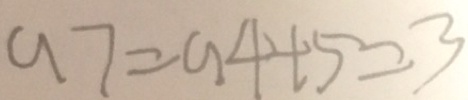
a 7 = a 4 + 5 = 3